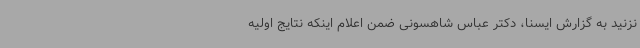
نزنید به گزارش ایسنا، دکتر عباس شاهسونی ضمن اعلام اینکه نتایج اولیه